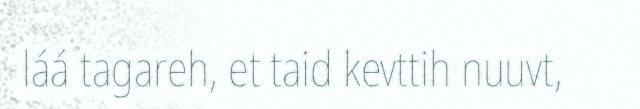
láá tagareh, et taid kevttih nuuvt,